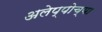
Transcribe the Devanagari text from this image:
अलेप्पोच्या